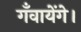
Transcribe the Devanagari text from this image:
गँवायेंगे।